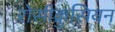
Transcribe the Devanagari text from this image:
रोसीक्रुसियन